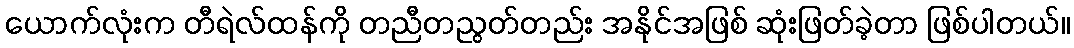
ယောက်လုံးက တီရဲလ်ထန်ကို တညီတညွတ်တည်း အနိုင်အဖြစ် ဆုံးဖြတ်ခဲ့တာ ဖြစ်ပါတယ်။